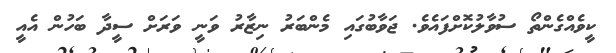
ކީވެއްގެންތޯ ސުވާލުކޮށްފައެވެ. ޖަވާބުގައި މެންބަރު ނިޒާރު ވަނީ ވަރަށް ސީދާ ބަހުން އެއީ